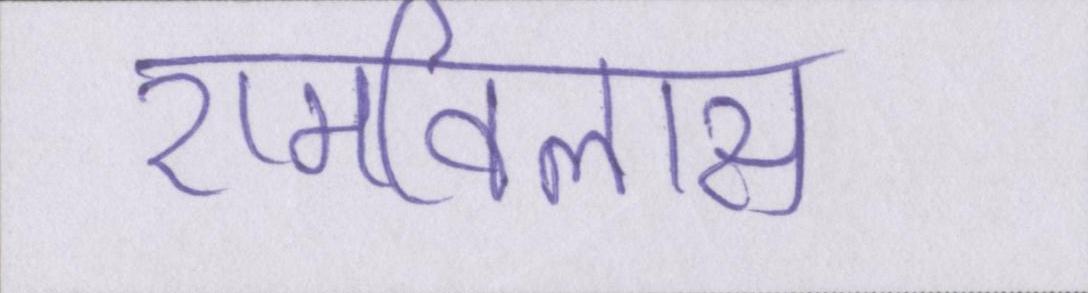
रामविलास